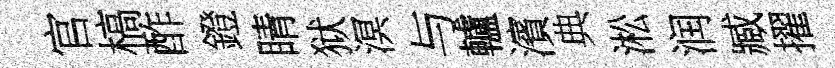
官槁酢鐙睛狱溟与轤濱典淞润臧擢